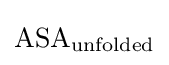
{\ce {ASA_{unfolded}}}